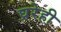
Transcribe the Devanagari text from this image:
घ्ररेही